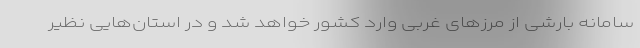
سامانه بارشی از مرز‌های غربی وارد کشور خواهد شد و در استان‌هایی نظیر